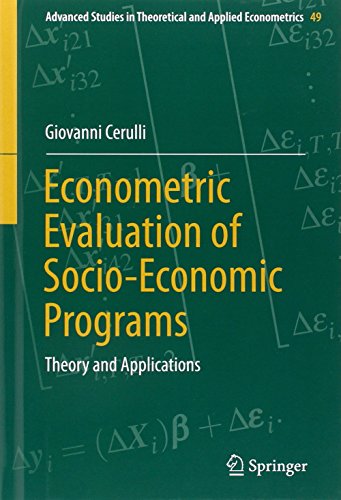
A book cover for Econometric Evaluation of Socio-Economic Programs: Theory and Applications (Advanced Studies in Theoretical and Applied Econometrics); Giovanni Cerulli; Business & Money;